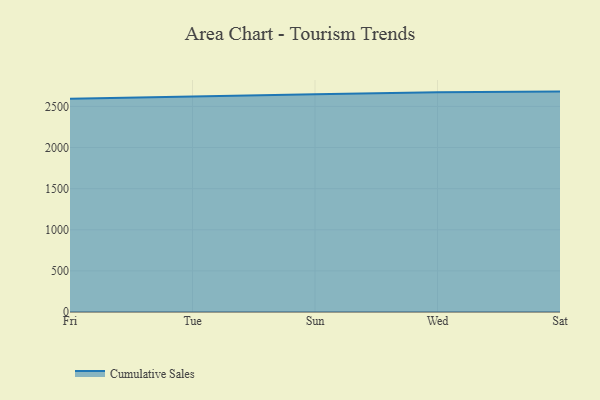
{"axis": {"x": "Day", "y": "Page Views"}, "legend": ["Cumulative Sales"], "data": [{"x": "Fri", "y": 2593.1, "type": "Cumulative Sales"}, {"x": "Tue", "y": 2623.4, "type": "Cumulative Sales"}, {"x": "Sun", "y": 2648.7, "type": "Cumulative Sales"}, {"x": "Wed", "y": 2671.5, "type": "Cumulative Sales"}, {"x": "Sat", "y": 2680.2, "type": "Cumulative Sales"}]}